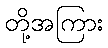
တို့အကြား